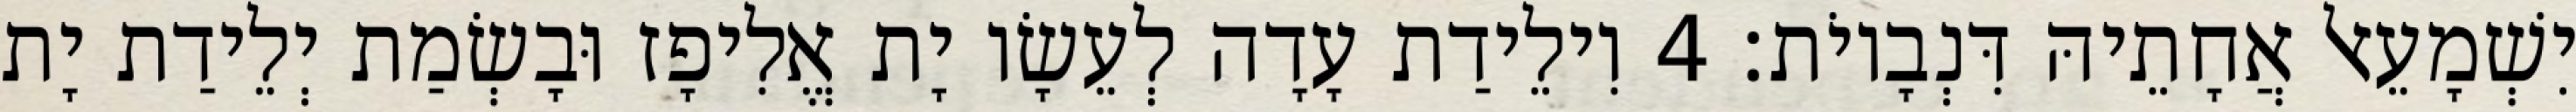
יִשְׁמָעֵאל אֲחָתֵיהּ דִּנְבָיוֹת׃ 4 וִילֵידַת עָדָה לְעֵשָׂו יָת אֱלִיפָז וּבָשְׂמַת יְלֵידַת יָת